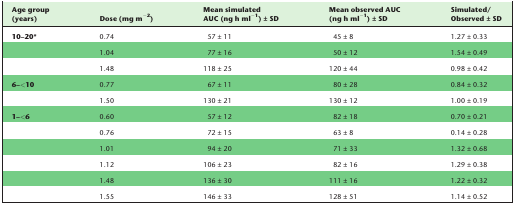
| Age group (years) | Dose (mg m−2) | Mean simulated AUC (ng h ml−1) ± SD | Mean observed AUC (ng h ml−1) ± SD | Simulated/Observed ± SD |
 | --- | --- | --- | --- | --- |
 | 10–20* | 0.74 | 57 ± 11 | 45 ± 8 | 1.27 ± 0.33 |
 |  | 1.04 | 77 ± 16 | 50 ± 12 | 1.54 ± 0.49 |
 |  | 1.48 | 118 ± 25 | 120 ± 44 | 0.98 ± 0.42 |
 | 6–<10 | 0.77 | 67 ± 11 | 80 ± 28 | 0.84 ± 0.32 |
 |  | 1.50 | 130 ± 21 | 130 ± 12 | 1.00 ± 0.19 |
 | 1–<6 | 0.60 | 57 ± 12 | 82 ± 18 | 0.70 ± 0.21 |
 |  | 0.76 | 72 ± 15 | 63 ± 8 | 0.14 ± 0.28 |
 |  | 1.01 | 94 ± 20 | 71 ± 33 | 1.32 ± 0.68 |
 |  | 1.12 | 106 ± 23 | 82 ± 16 | 1.29 ± 0.38 |
 |  | 1.48 | 136 ± 30 | 111 ± 16 | 1.22 ± 0.32 |
 |  | 1.55 | 146 ± 33 | 128 ± 51 | 1.14 ± 0.52 |